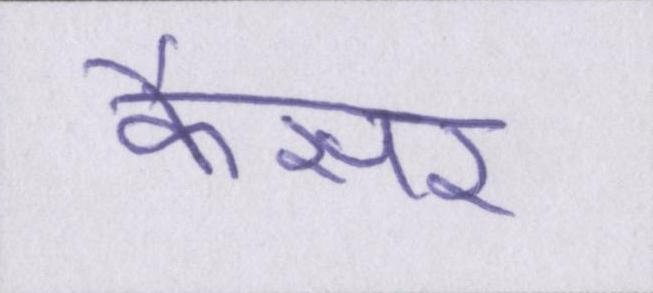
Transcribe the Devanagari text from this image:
कैंसर